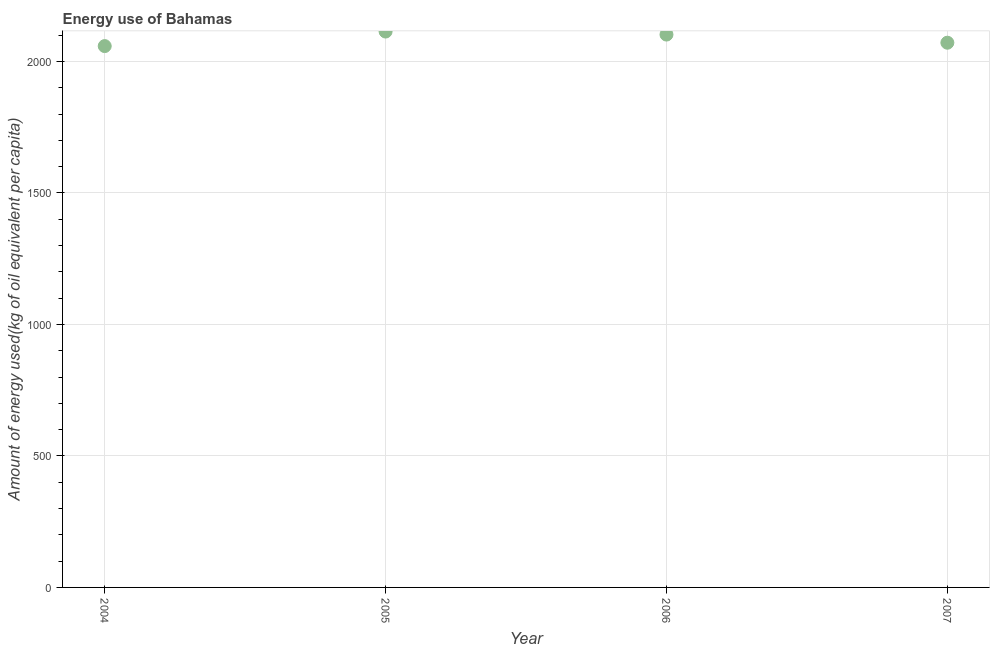
| Year | Energy use  |
 | --- | --- |
 | 2004 | 2.06e+03 |
 | 2005 | 2.11e+03 |
 | 2006 | 2.1e+03 |
 | 2007 | 2.07e+03 |